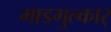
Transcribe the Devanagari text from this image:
माडगुल्कार्